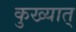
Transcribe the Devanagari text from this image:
कुख्यात्